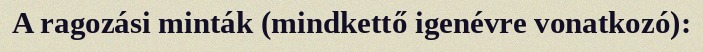
A ragozási minták (mindkettő igenévre vonatkozó):